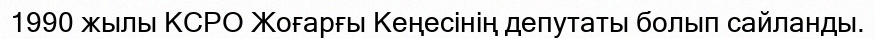
1990 жылы КСРО Жоғарғы Кеңесінің депутаты болып сайланды.